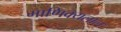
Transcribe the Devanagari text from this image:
माणिक्यलाल